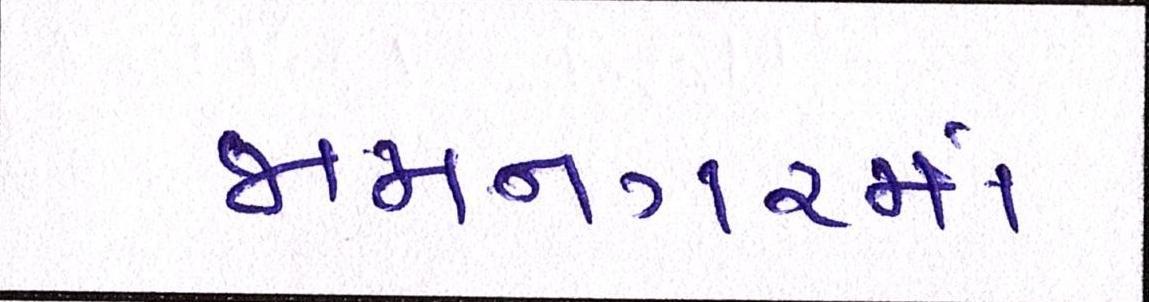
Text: જામનગરમાં